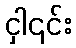
ငှါ၎င်း